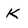
Character: K